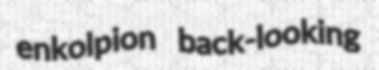
enkolpion back-looking